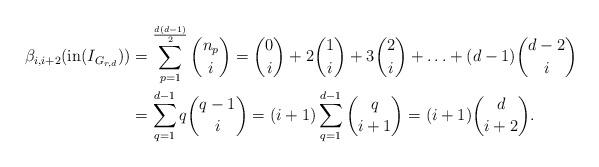
LaTeX: \begin{align*}\beta_{i,i+2}({\rm in}(I_{G_{r,d}}))&=\sum_{p=1}^{\frac{d(d-1)}{2}} \binom{n_{p}}{i} =\binom{0}{i} + 2\binom{1}{i} + 3\binom{2}{i} + \ldots + (d-1)\binom{d-2}{i}\\&=\sum_{q=1}^{d-1} q\binom{q-1}{i} = (i+1)\sum_{q=1}^{d-1} \binom{q}{i+1} = (i+1)\binom{d}{i+2}.\end{align*}